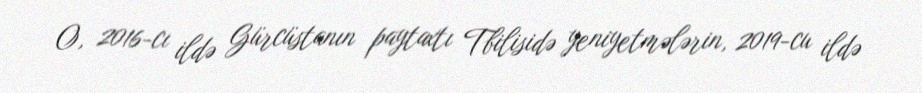
O, 2016-cı ildə Gürcüstanın paytaxtı Tbilisidə yeniyetmələrin, 2019-cu ildə